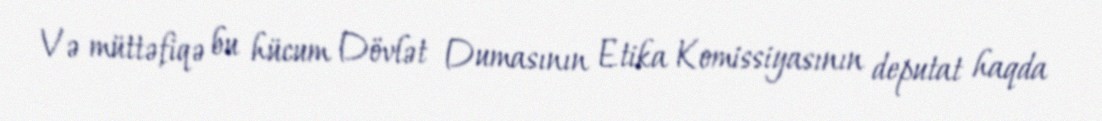
Və müttəfiqə bu hücum Dövlət Dumasının Etika Komissiyasının deputat haqda